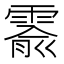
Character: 𬰅